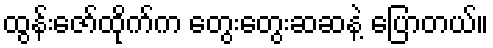
ထွန်းဇော်ထိုက်က တွေးတွေးဆဆနဲ့ ပြောတယ်။